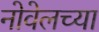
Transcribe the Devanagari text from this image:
नोवेलच्या